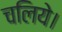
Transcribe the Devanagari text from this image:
चलिये।